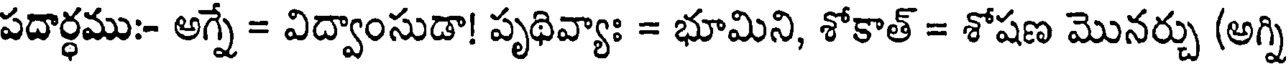
పదార్ధము:- అగ్నే = విద్వాంసుడా! పృథివ్యాః = భూమిని, శోకాత్ = శోషణ మొనర్చు (అగ్ని